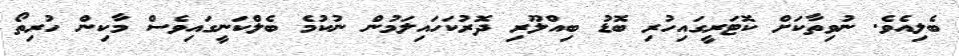
ބެލިއެވެ. ނުވިތާކަށް ކޮޓަރީގައިހުރި ބޮޑު ބިއްލޫރި ދޮރުކަހައިލަމުން ނުކުމެ ބެލްކަނީގައިވެސް މާކިން ހުރިތޯ